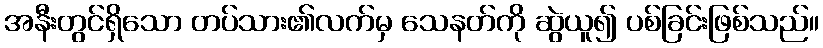
အနီးတွင်ရှိသော တပ်သား၏လက်မှ သေနတ်ကို ဆွဲယူ၍ ပစ်ခြင်းဖြစ်သည်။